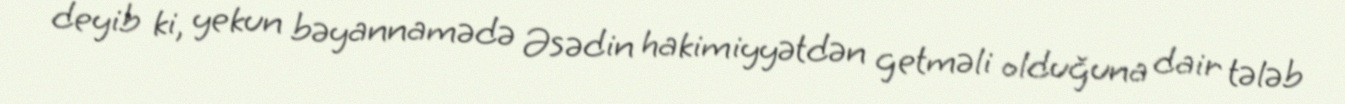
deyib ki, yekun bəyannamədə Əsədin hakimiyyətdən getməli olduğuna dair tələb